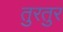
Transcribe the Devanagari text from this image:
तुरतुर